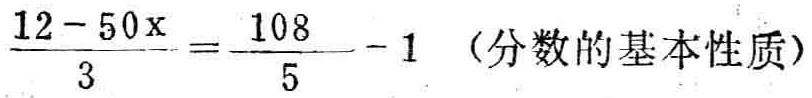
$\frac{12 - 50x}{3}=\frac{108}{5}-1$（分数的基本性质）